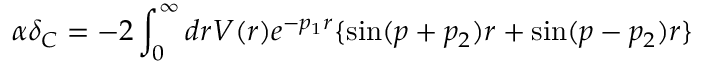
\alpha \delta _ { C } = - 2 \int _ { 0 } ^ { \infty } d r V ( r ) e ^ { - p _ { 1 } r } \lbrace \sin ( p + p _ { 2 } ) r + \sin ( p - p _ { 2 } ) r \rbrace